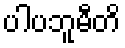
ပါပဘူမီတိ